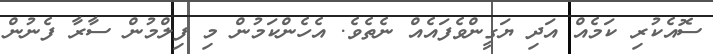
ސޮއެކުރި ކަމެއް އަދި ޔަގީންވެފައެއް ނެތެވެ. އެހެންކަމުން މި ފިލްމުން ސާރާ ފެނުން